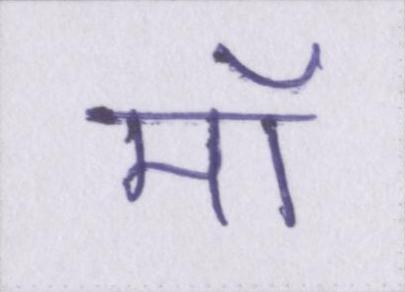
मॉ